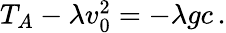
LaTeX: \begin{array}{r}{T_{A}-\lambda v_{0}^{2}=-\lambda gc\, .}\end{array}